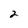
Character: 2